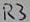
Text: R3